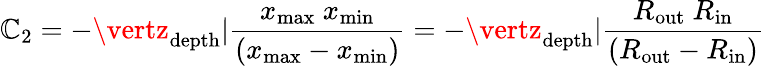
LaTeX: \mathbb{C}_{2}=-\vertz_{\mathrm{{depth}}}\vert\frac{{x_{\mathrm{{max}}}\ x_{\mathrm{{min}}}}}{{\left(x_{\mathrm{{max}}}-x_{\mathrm{{min}}}\right)}}=-\vertz_{\mathrm{{depth}}}\vert\frac{{R_{\mathrm{{out}}}\ R_{\mathrm{{in}}}}}{{\left(R_{\mathrm{{out}}}-R_{\mathrm{{in}}}\right)}}